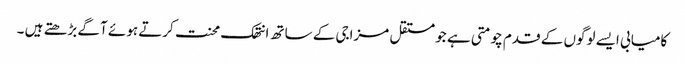
کامیابی ایسے لوگوں کے قدم چومتی ہے جو مستقل مزاجی کے ساتھ انتھک محنت کرتے ہوئے آگے بڑھتے ہیں ۔